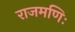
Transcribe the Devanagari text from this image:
राजमणिः